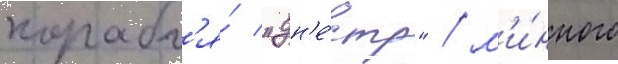
корабл'я́ "дн'е́стр" / м'и́нного